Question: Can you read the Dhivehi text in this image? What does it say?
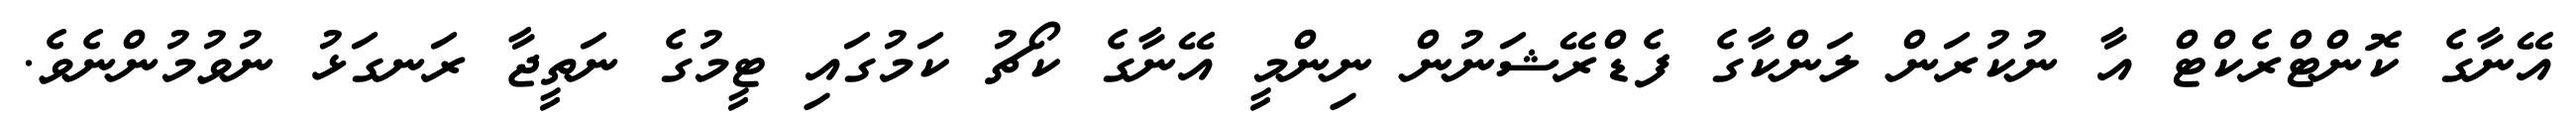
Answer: އޭނާގެ ކޮންޓްރެކްޓް އާ ނުކުރަން ލަންކާގެ ފެޑްރޭޝަނުން ނިންމީ އޭނާގެ ކޯޗު ކަމުގައި ޓީމުގެ ނަތީޖާ ރަނގަޅު ނުވުމުންނެވެ.